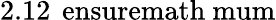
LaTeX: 2.12{\mathrm{\, \ ensuremath{\ mu}m}}